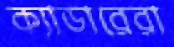
ক্যাডারেরা